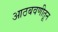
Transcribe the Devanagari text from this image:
आठबवणीतून